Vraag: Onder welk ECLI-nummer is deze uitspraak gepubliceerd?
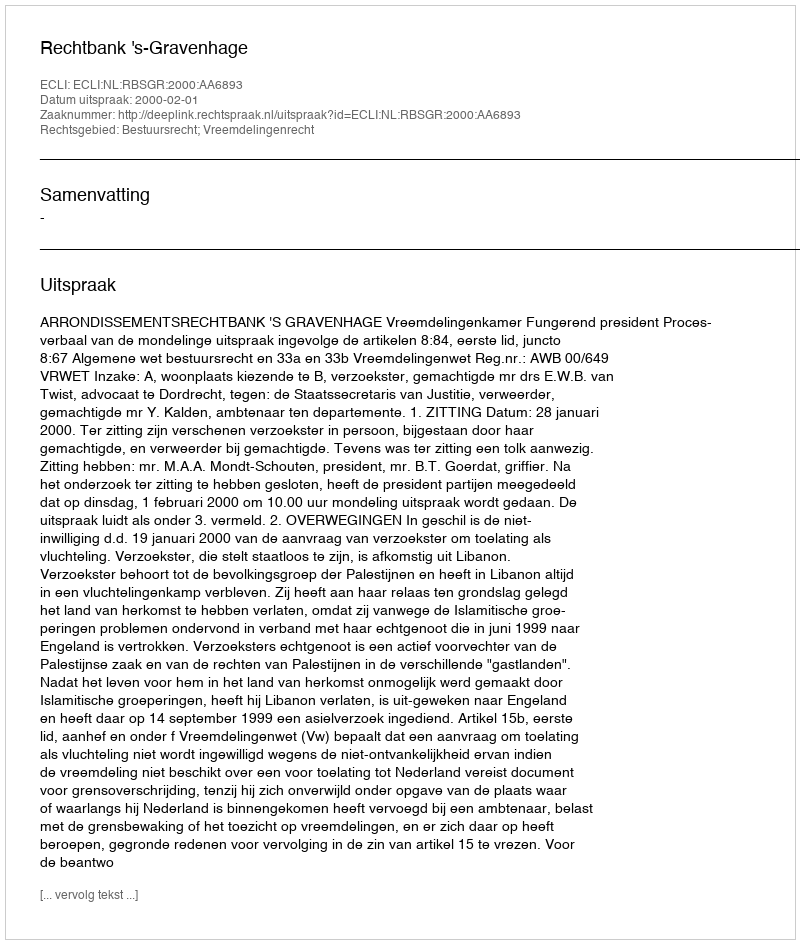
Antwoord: ECLI:NL:RBSGR:2000:AA6893